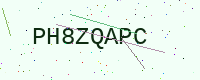
Text: PH8ZQAPC